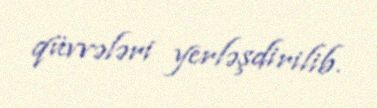
qüvvələri yerləşdirilib.